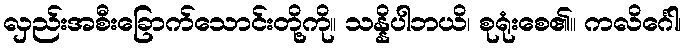
လှည်းအစီးခြောက်သောင်းတို့ကို။ သန္နိပါဘယိ၊ စုရုံးစေ၏။ ကလိင်္ဂေါ၊